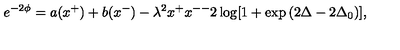
e ^ { - 2 \phi } = a ( x ^ { + } ) + b ( x ^ { - } ) - \lambda ^ { 2 } x ^ { + } x ^ { -- } 2 \log [ 1 + \exp { ( 2 \Delta - 2 \Delta _ { 0 } ) } ] ,